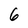
Character: 6